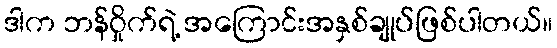
ဒါက ဘန်ဝှိုက်ရဲ့ အကြောင်းအနှစ်ချုပ်ဖြစ်ပါတယ်။